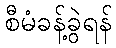
စီမံခန့်ခွဲရန်